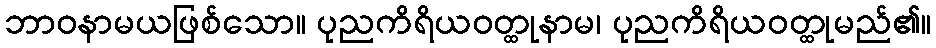
ဘာဝနာမယဖြစ်သော။ ပုညကိရိယဝတ္ထုနာမ၊ ပုညကိရိယဝတ္ထုမည်၏။